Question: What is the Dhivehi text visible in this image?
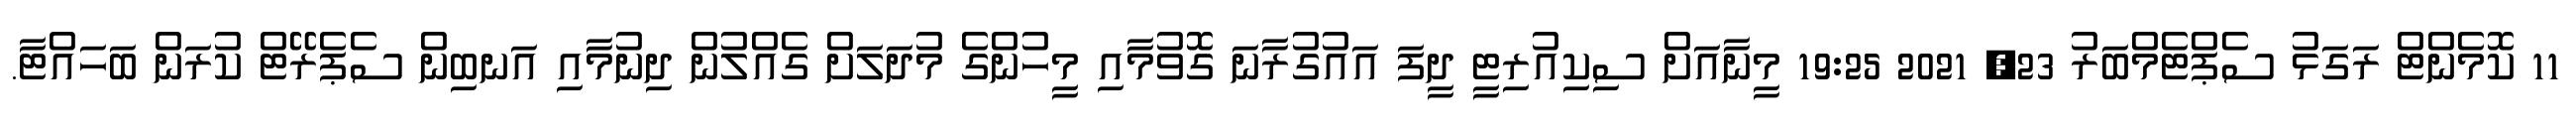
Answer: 11 ކޮމެންޓް ރަގަޅު ސެޕްޓެމްބަރު 23, 2021 19:25 މީނާއަށް ސިކިއުރިޓީ ދީފަ އައުގުރާނަ ގޮވުމާއި މީހުންގެ މުދަލަށް ގެއްލުން ދިނުމާއި އަނބިން ސެޕެރޭޓް ކުރަން ބަހައްޓާ.